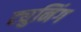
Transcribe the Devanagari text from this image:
ट्युनिंग